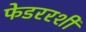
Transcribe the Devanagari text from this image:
फेडररशी